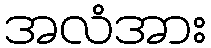
အလံအား